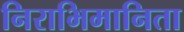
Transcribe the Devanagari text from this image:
निराभिमानिता